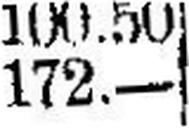
172.—